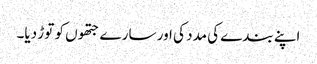
اپنے بندے کی مدد کی اور سارے جتھوں کو توڑ دیا۔